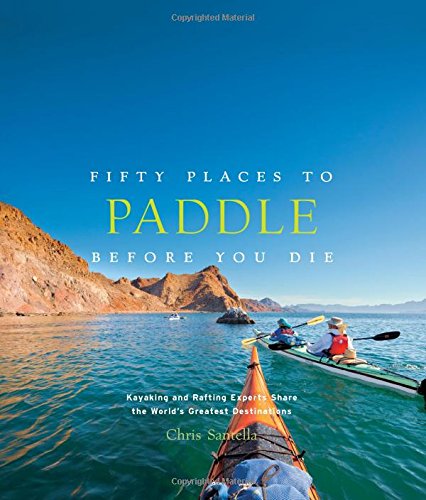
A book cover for Fifty Places to Paddle Before You Die: Kayaking and Rafting Experts Share the WorldEEs Greatest Destinations; Chris Santella; Sports & Outdoors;